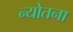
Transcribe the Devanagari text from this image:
न्योतना